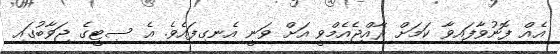
އެއް ފޮނުވާފައިވާ ކަމަށް ރާއްޖެއެމްވީ އަށް ވަނީ އެނގިފައެވެ. އެ ސިޓީގެ ޖަވާބުގައި